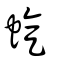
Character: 蜁